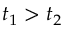
t _ { 1 } > t _ { 2 }